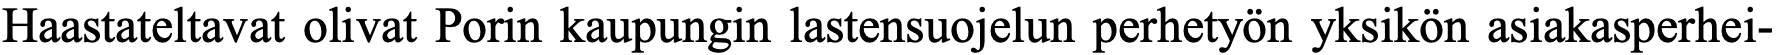
Haastateltavat olivat Porin kaupungin lastensuojelun perhetyön yksikön asiakasperhei-